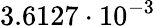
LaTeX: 3.6127\cdot 10^{-3}